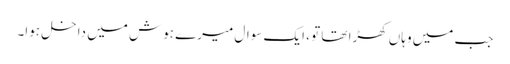
جب میں وہاں کھڑا تھا تو ، ایک سوال میرے ہوش میں داخل ہوا۔